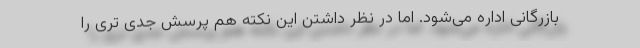
بازرگانی اداره می‌شود. اما در نظر داشتن این نکته هم پرسش جدی تری را